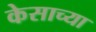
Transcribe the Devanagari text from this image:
केसाच्या